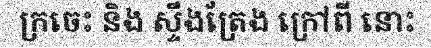
ក្រចេះ និង ស្ទឹងត្រែង ក្រៅពី នោះ